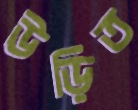
উড়িত